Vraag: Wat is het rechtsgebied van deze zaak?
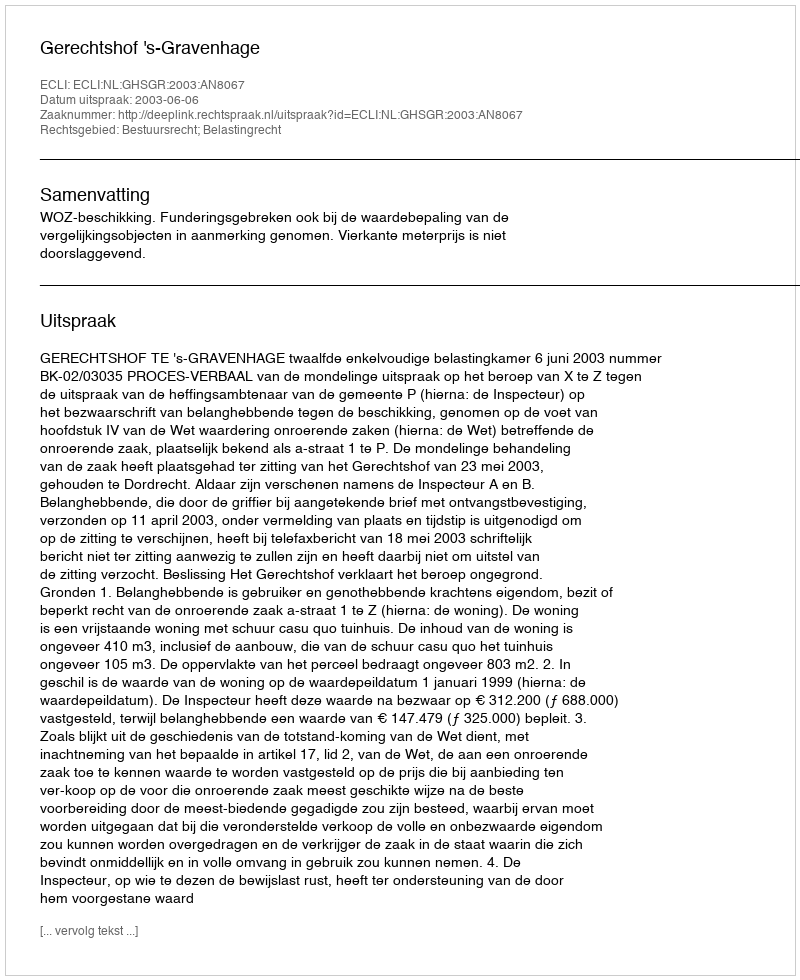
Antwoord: Bestuursrecht; Belastingrecht